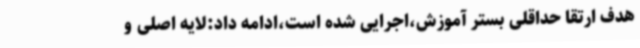
هدف ارتقا حداقلی بستر آموزش،اجرایی شده است،ادامه داد:لایه اصلی و